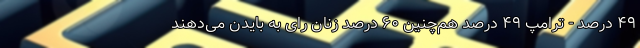
۴۹ درصد - ترامپ ۴۹ درصد هم‌چنین ۶۰ درصد زنان رای به بایدن می‌دهند